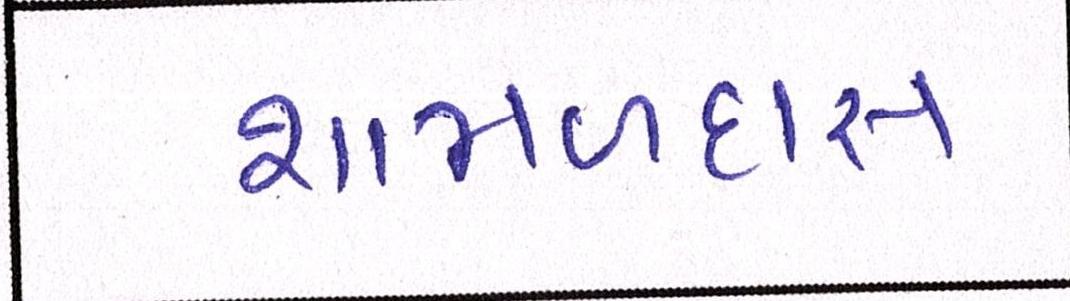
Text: શામળદાસ